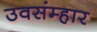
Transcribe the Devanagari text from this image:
उवसंम्हार